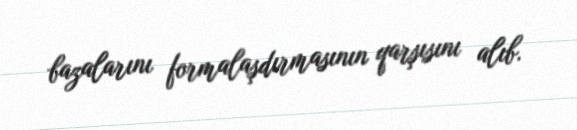
bazalarını formalaşdırmasının qarşısını alıb.